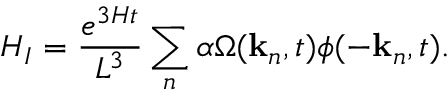
H _ { I } = \frac { e ^ { 3 H t } } { L ^ { 3 } } \sum _ { n } \alpha \Omega ( { \bf k } _ { n } , t ) \phi ( - { \bf k } _ { n } , t ) .